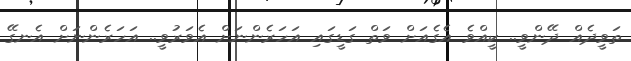
ތަވީދެއް ދޭންވީ.. ކީއްވެ އެގެއަށް ވަތް ގަޑީގައި އަހަރެންނަށް އެވަރުވީ.. އަހަރެންނަށް އެނގޭ